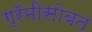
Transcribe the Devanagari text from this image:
ग्रॅमीसोबत